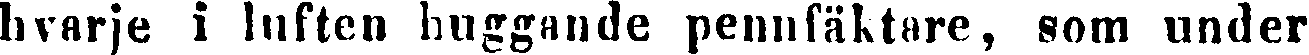
hvarje i luften huggande pennfäktare, som under